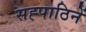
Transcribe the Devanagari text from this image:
सह्पाठिनें